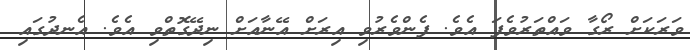
ވަރަކަށް ރޯގާ ވައްތަރުވެފަ އެވެ. ފެންވެރުވި އިރަށް އޭނާއަށް ނިދޭގޮތްވި އެވެ. އެނދުގައި